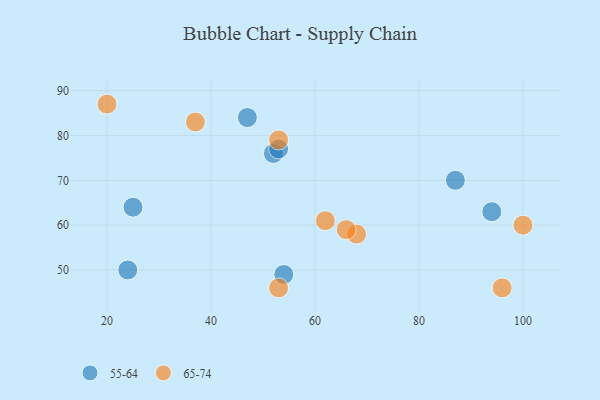
{"axis": {"x": "GDP", "y": "Life Expectancy"}, "legend": ["55-64", "65-74"], "data": [{"x": "52", "y": 76, "type": "55-64"}, {"x": "94", "y": 63, "type": "55-64"}, {"x": "47", "y": 84, "type": "55-64"}, {"x": "54", "y": 49, "type": "55-64"}, {"x": "87", "y": 70, "type": "55-64"}, {"x": "53", "y": 77, "type": "55-64"}, {"x": "24", "y": 50, "type": "55-64"}, {"x": "25", "y": 64, "type": "55-64"}, {"x": "68", "y": 58, "type": "65-74"}, {"x": "20", "y": 87, "type": "65-74"}, {"x": "100", "y": 60, "type": "65-74"}, {"x": "53", "y": 46, "type": "65-74"}, {"x": "37", "y": 83, "type": "65-74"}, {"x": "96", "y": 46, "type": "65-74"}, {"x": "53", "y": 79, "type": "65-74"}, {"x": "66", "y": 59, "type": "65-74"}, {"x": "62", "y": 61, "type": "65-74"}]}